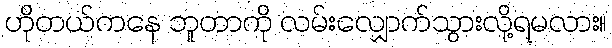
ဟိုတယ်ကနေ ဘူတာကို လမ်းလျှောက်သွားလို့ရမလား။